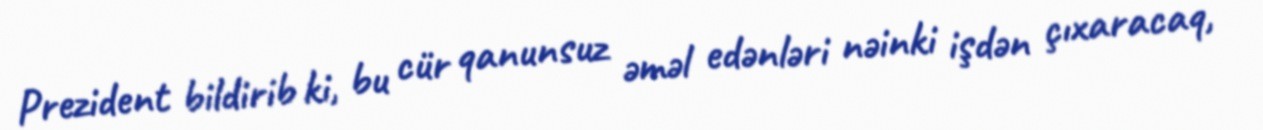
Prezident bildirib ki, bu cür qanunsuz əməl edənləri nəinki işdən çıxaracaq,